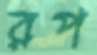
রপ